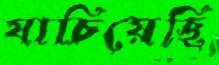
যাচিয়েছি